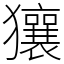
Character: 獽